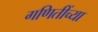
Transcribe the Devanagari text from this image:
गणितींच्या